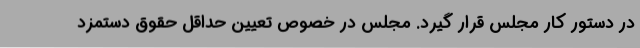
در دستور کار مجلس قرار گیرد. مجلس در خصوص تعیین حداقل حقوق دستمزد